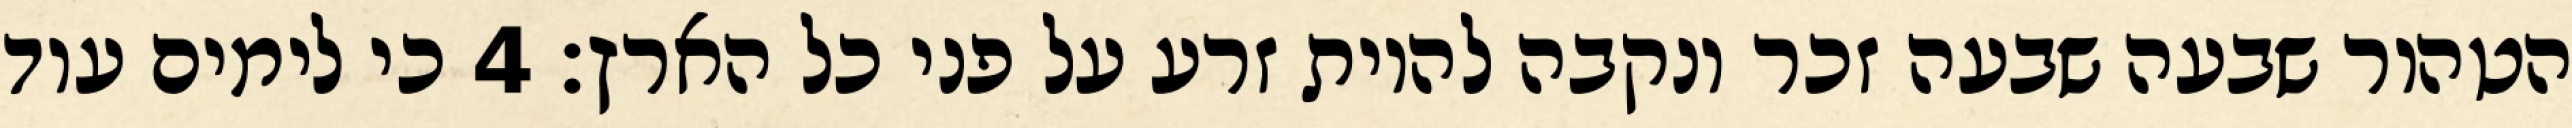
הטהור שבעה שבעה זכר ונקבה להיות זרע על פני כל הארץ׃ ‎4‏ כי לימים עוד